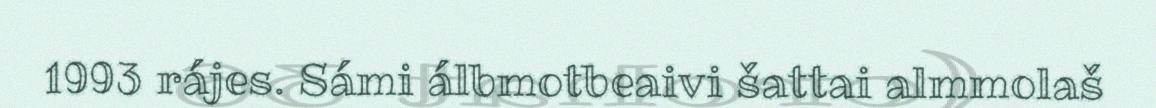
1993 rájes. Sámi álbmotbeaivi šattai almmolaš